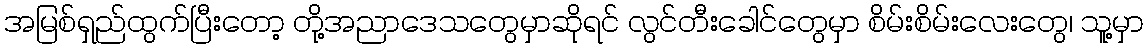
အမြစ်ရှည်ထွက်ပြီးတော့ တို့အညာဒေသတွေမှာဆိုရင် လွင်တီးခေါင်တွေမှာ စိမ်းစိမ်းလေးတွေ၊ သူ့မှာ